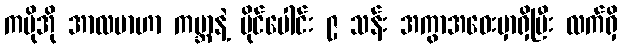
ကမိုအို အာလဗာဟာ ကမ္ဘာနဲ့ မိုင်ပေါင်း ၉ သန်း အကွာအဝေးမှာရှိပြီး လက်ရှိ